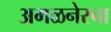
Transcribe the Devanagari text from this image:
अमळनेरचा